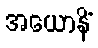
အယောနိံ